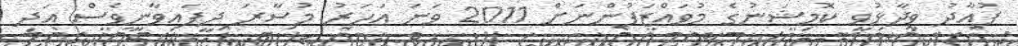
ފުއާދު ވިދާޅުވީ ކޮމިޝަނުގެ މުވައްޒަފުންނަށް 2011 ވަނަ އަހަރު މުސާރަ ދީފައިވާނީވެސް އަދި